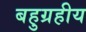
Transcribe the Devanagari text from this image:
बहुग्रहीय